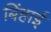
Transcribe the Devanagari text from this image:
बिंहाई